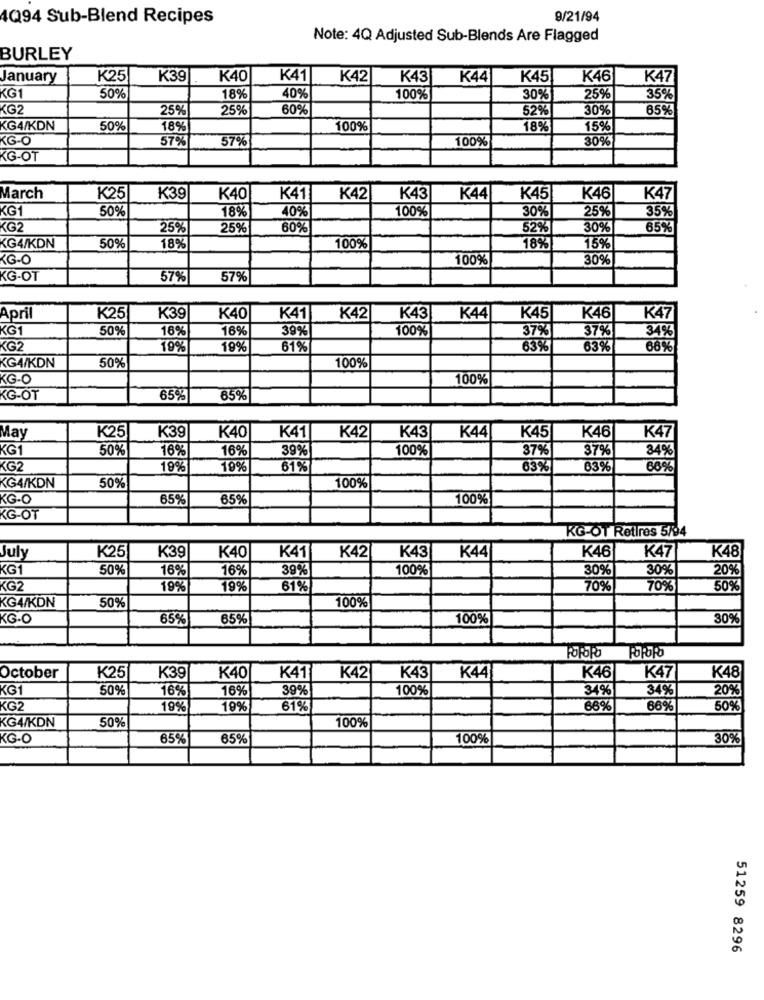
4Q94 Sub-Blend Recipes
9/21/94
Note: 4Q Adjusted Sub-Blends Are Flagged
BURLEY
January
K25
K39
K40
K41
K42
K43
K44
K45
K46
K47
KG1
50%
18%
40%
100%
30%
25%
35%
KG2
25%
25%
60%
52%
30%
65%
KG4/KDN
50%
18%
100%
18%
15%
KG-O
57%
57%
100%
30%
KG-OT
March
K25
K39
K40
K41
K42
K43
K44
K45
K46
K47
KG1
50%
100%
30%
25%
35%
18%
40%
(G2
25%
25%
60%
52%|
30%
65%
KG4/KDN
50%
18%
100%
18%
15%
KG-O
100%
30%
KG-OT
57%
57%
April
K25
K39
K40
K41
K42
K43
K44
K45
K46
K47
<G1
50%
16%
16%
39%
100%
37%
37%
34%
KG2
19%
199
61%
63%
63%
66%
KG4/KDN
50%
100%
KG-O
100%
KG-OT
65%
65%
K47
May
K25
K39
K40
K41
K42
K43
K44
K45
K46
KG1
50%
16%
16%
39%
100%
37%
37%
34%
KG2
19%
19%
61%
63%
63%
66%
KG4/KDN
50%
100%
KG-O
65%
65%
100%
KG-OT
KG-OT Retires 5/94
K39
K41
K42
K43
K44
K46
K47
K25
K40
K48
KG1
50%
16%
16%
39%
100%
30%
30%
20%
KG2
19%
19%
61%
70%
70%
50%
KG4/KDN
50%
100%
KG.O
65%
65%
100%
30%
October
K25
K39
K40
K41
K42
K43
K44
K46
K47
K48
KG1
50%
16%
16%
39%
100%
34%
34%
20%
KG2
19%
19%
61%
66%
66%
50%
50%
100%
KG4/KDN
KG-O
65%
65%
100%
30%
51259 8296